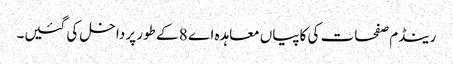
رینڈم صفحات کی کاپیاں معاہدہ اے 8 کے طور پر داخل کی گئیں۔